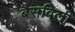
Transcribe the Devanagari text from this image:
बैसविली